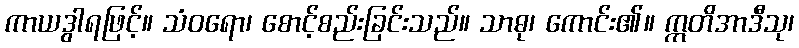
ကာယဒွါရဖြင့်။ သံဝရော၊ စောင့်စည်းခြင်းသည်။ သာဓု၊ ကောင်း၏။ ဣတိအာဒီသု၊